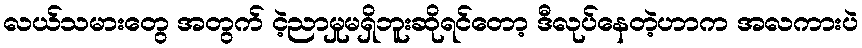
လယ်သမားတွေ အတွက် ငဲ့ညာမှုမရှိဘူးဆိုရင်တော့ ဒီလုပ်နေတဲ့ဟာက အလကားပဲ